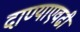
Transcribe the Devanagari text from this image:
दाण्याएवढी